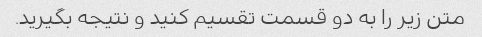
متن زیر را به دو قسمت تقسیم کنید و نتیجه بگیرید.